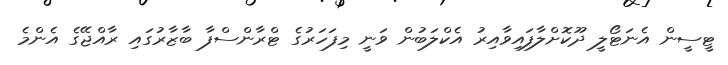
ޓީސީން އެނަޓޯލީ ދޫކޮށްލާފައިވާއިރު އެކްލަބުން ވަނީ މިފަހަރުގެ ޓްރާންސްފާ ބާޒާރުގައި ރާއްޖޭގެ އެންމެ